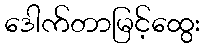
ဒေါက်တာမြင့်ထွေး